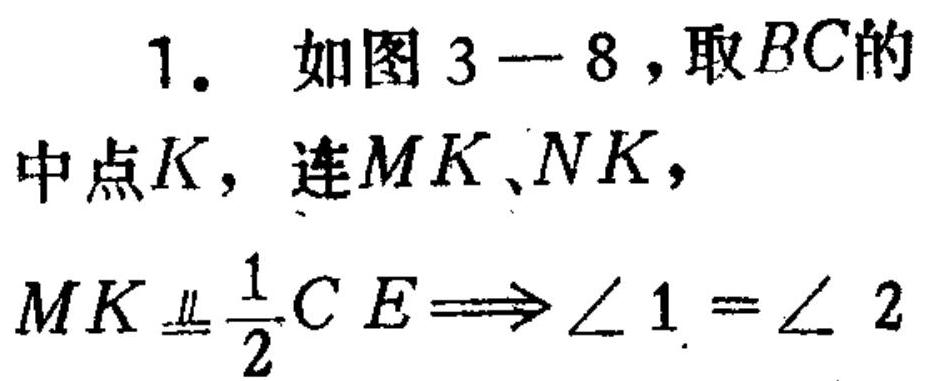
1. 如图 \(3 - 8\)，取 \(BC\)的
中点 \(K\)，连 \(MK、NK\)，
\(MK\equalparallel\frac{1}{2}CE\Longrightarrow\angle 1=\angle 2\)